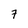
Character: 7